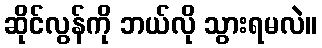
ဆိုင်လွန်ကို ဘယ်လို သွားရမလဲ။